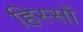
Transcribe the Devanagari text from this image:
हिस्‍सों